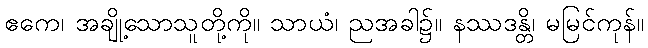
ဧကေ၊ အချို့သောသူတို့ကို။ သာယံ၊ ညအခါ၌။ နဿဒန္တိ၊ မမြင်ကုန်။